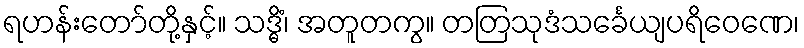
ရဟန်းတော်တို့နှင့်။ သဒ္ဓိံ၊ အတူတကွ။ တတြသုဒံသင်္ခေယျပရိဝေဏေ၊